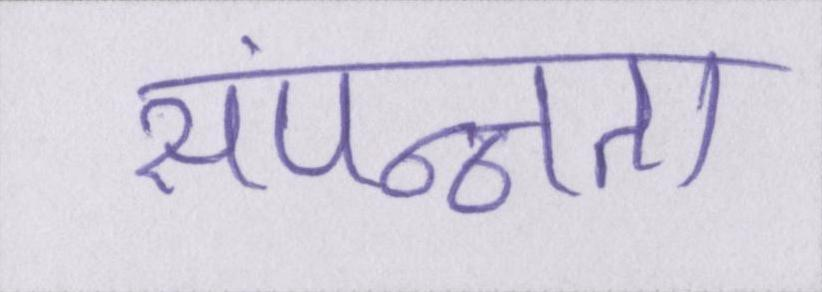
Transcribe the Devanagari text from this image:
संपन्नता